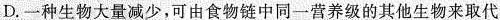
D.一种生物大量减少，可由食物链中同一营养级的其他生物来取代。